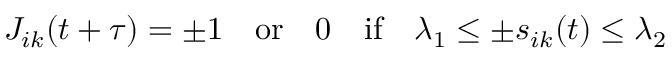
J _ { i k } ( t + \tau ) = \pm 1 \quad \mathrm { o r } \quad 0 \quad \mathrm { i f } \quad \lambda _ { 1 } \leq \pm s _ { i k } ( t ) \leq \lambda _ { 2 }